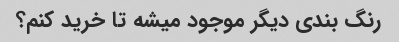
رنگ بندی دیگر موجود میشه تا خرید کنم؟